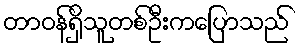
တာဝန်ရှိသူတစ်ဦးကပြောသည်